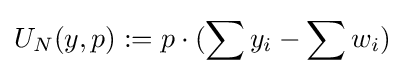
U_{N}(y,p):=p\cdot (\sum y_{i}-\sum w_{i})